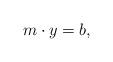
LaTeX: \begin{align*}m \cdot y = b,\end{align*}